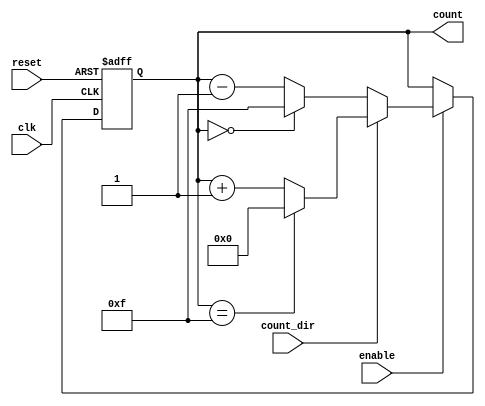
module binary_counter (
    input wire clk,          // Clock signal
    input wire reset,        // Asynchronous reset signal
    input wire enable,       // Enable signal for counting
    input wire count_dir,    // Count direction: 1 for up, 0 for down
    output reg [n-1:0] count // n-bit counter output
);
    parameter n = 4; // Define the width of the counter (4 bits by default)

    // Asynchronous reset and counting logic
    always @(posedge clk or posedge reset) begin
        if (reset) begin
            count <= 0; // Reset the counter to zero
        end else if (enable) begin
            if (count_dir) begin
                // Count up
                if (count == (2**n - 1)) begin
                    count <= 0; // Wrap around to zero
                end else begin
                    count <= count + 1; // Increment the counter
                end
            end else begin
                // Count down
                if (count == 0) begin
                    count <= (2**n - 1); // Wrap around to max value
                end else begin
                    count <= count - 1; // Decrement the counter
                end
            end
        end
    end
endmodule